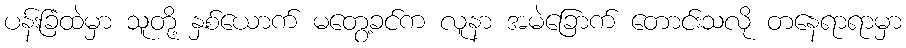
ပန်းခြံထဲမှာ သူတို့ နှစ်ယောက် မတွေ့ခင်က လူနာ အမဲခြောက် တောင်းသလို တနေရာရာမှာ